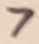
Text: 7